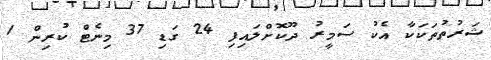
ޝަރުތުތަކަކާ އެކު ސަމީރު ދޫކޮށްލައިފި 24 ގަޑި 37 މިނެޓް ކުރިން 1